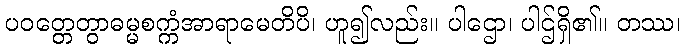
ပဝတ္တေတွာဓမ္မစက္ကံအာရာမေတိပိ၊ ဟူ၍လည်း။ ပါဌော၊ ပါဌ်ရှိ၏။ တဿ၊